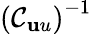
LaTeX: \left(\mathcal{C}_{\mathbf uu}\right)^{-1}